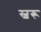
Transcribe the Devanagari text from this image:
स्वरू